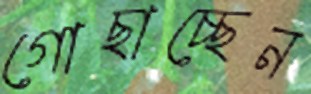
গোছাচ্ছেন